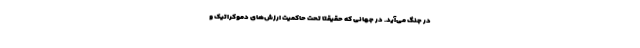
در جنگ می‌آید. در جهانی که حقیقتا تحت حاکمیت ارزش‌های دموکراتیک و